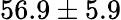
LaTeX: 56.9\pm 5.9